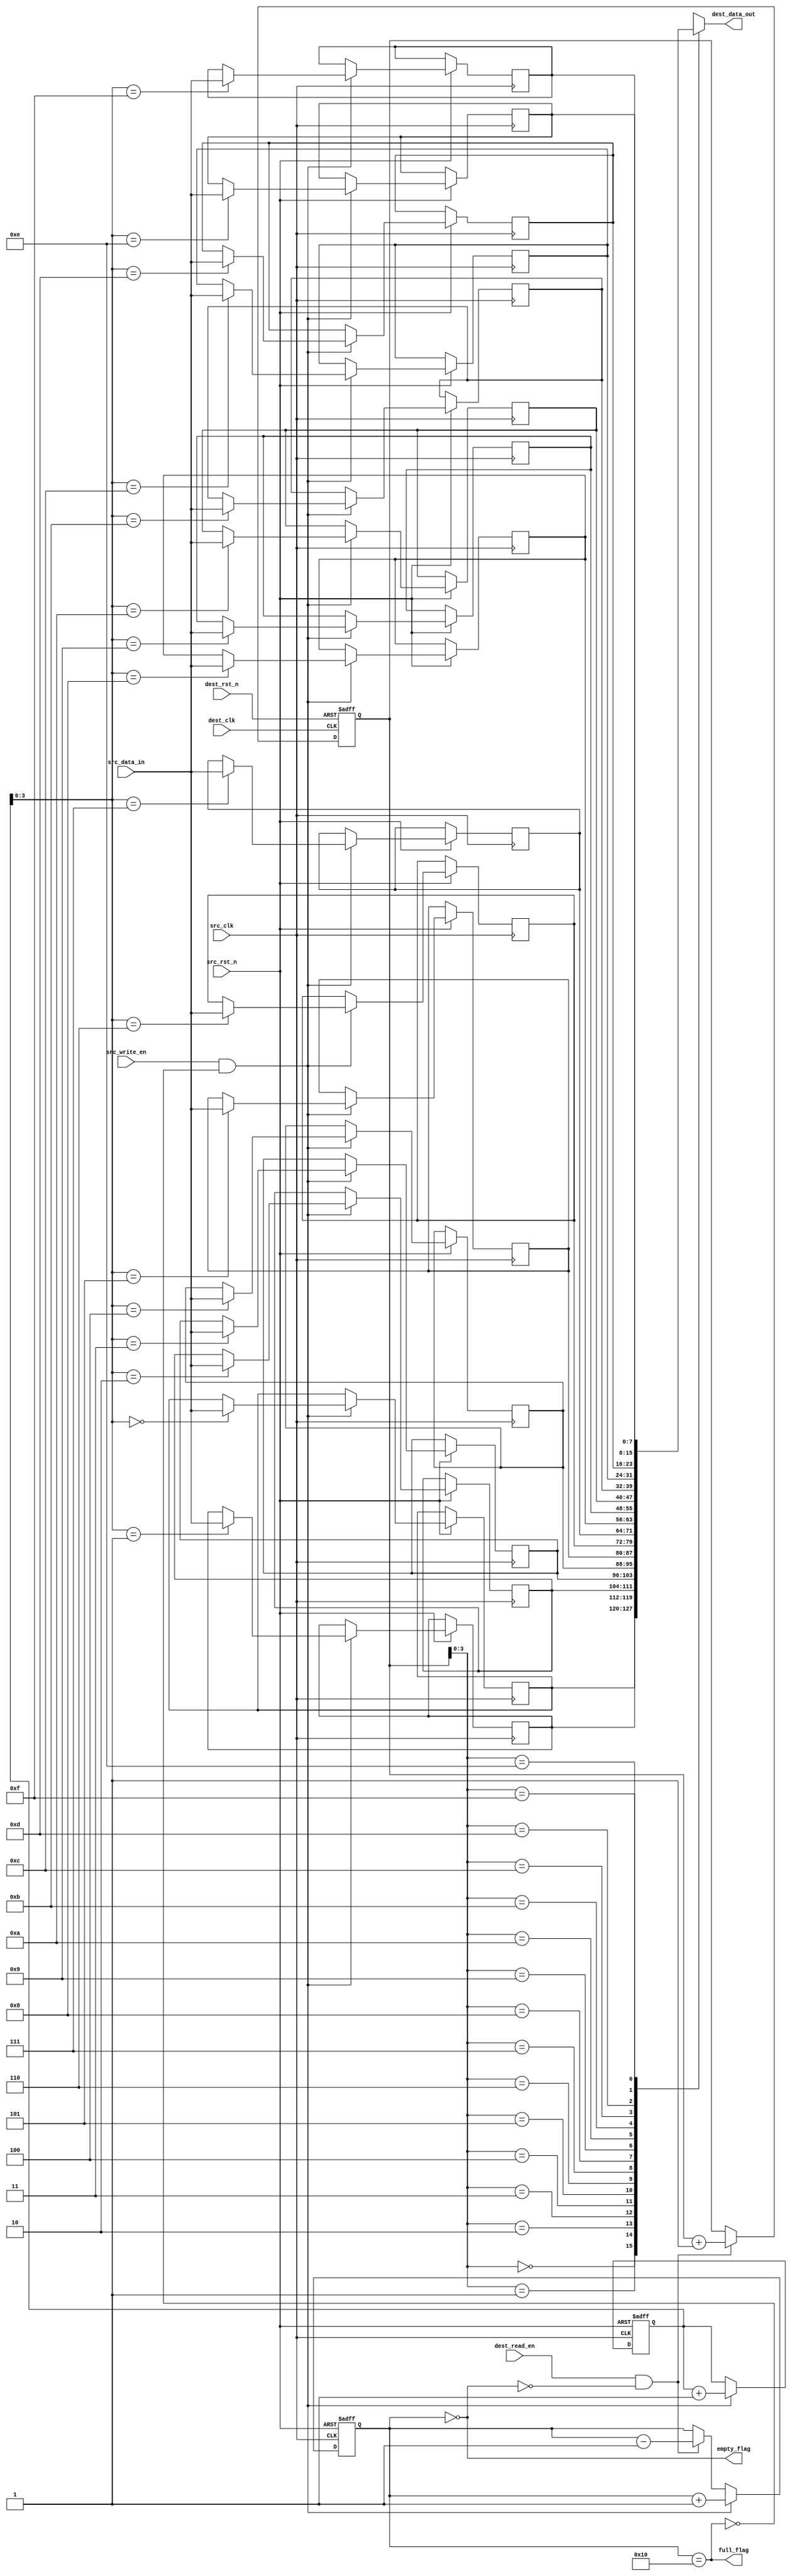
module fifo_sync #(
    parameter DATA_WIDTH = 8,    // Width of the data
    parameter FIFO_DEPTH = 16     // Depth of the FIFO
)(
    // Source clock domain
    input wire src_clk,
    input wire src_rst_n,
    input wire src_write_en,      // Write enable from source clock domain
    input wire [DATA_WIDTH-1:0] src_data_in, // Data input from source clock domain
    output wire full_flag,        // Full flag

    // Destination clock domain
    input wire dest_clk,
    input wire dest_rst_n,
    input wire dest_read_en,      // Read enable from destination clock domain
    output wire [DATA_WIDTH-1:0] dest_data_out, // Data output to destination clock domain
    output wire empty_flag         // Empty flag
);

    // FIFO memory
    reg [DATA_WIDTH-1:0] fifo_mem [0:FIFO_DEPTH-1];
    reg [4:0] write_ptr; // Write pointer (5 bits for depth of 16)
    reg [4:0] read_ptr;  // Read pointer (5 bits for depth of 16)
    reg [4:0] fifo_count; // Number of elements in the FIFO

    // Write Control Logic
    always @(posedge src_clk or negedge src_rst_n) begin
        if (!src_rst_n) begin
            write_ptr <= 0;
        end else if (src_write_en && !full_flag) begin
            fifo_mem[write_ptr] <= src_data_in;
            write_ptr <= write_ptr + 1;
        end
    end

    // Read Control Logic
    assign dest_data_out = fifo_mem[read_ptr];

    always @(posedge dest_clk or negedge dest_rst_n) begin
        if (!dest_rst_n) begin
            read_ptr <= 0;
        end else if (dest_read_en && !empty_flag) begin
            read_ptr <= read_ptr + 1;
        end
    end

    // FIFO Count Logic
    always @(posedge src_clk or negedge src_rst_n) begin
        if (!src_rst_n) begin
            fifo_count <= 0;
        end else if (src_write_en && !full_flag) begin
            fifo_count <= fifo_count + 1;
        end else if (dest_read_en && !empty_flag) begin
            fifo_count <= fifo_count - 1;
        end
    end

    // Full and Empty Flags
    assign full_flag = (fifo_count == FIFO_DEPTH);
    assign empty_flag = (fifo_count == 0);

endmodule